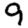
Digit: 9